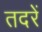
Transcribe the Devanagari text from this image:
तदरें